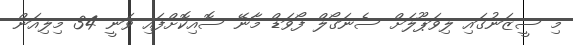
މި ސީޒަނުގައި ލިވަޕޫލަށް ސެނަގޯލް ފޯވަޑް މާނޭ ސޮއިކޮށްފައި ވަނީ 34 މިލިއަން